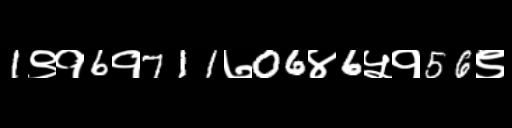
Text: 1९१6१711७06४6५१56९